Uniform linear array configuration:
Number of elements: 4
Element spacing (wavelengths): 0.25
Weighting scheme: uniform
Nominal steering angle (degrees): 30
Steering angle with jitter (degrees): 30.425
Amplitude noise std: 0.05
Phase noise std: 0.05

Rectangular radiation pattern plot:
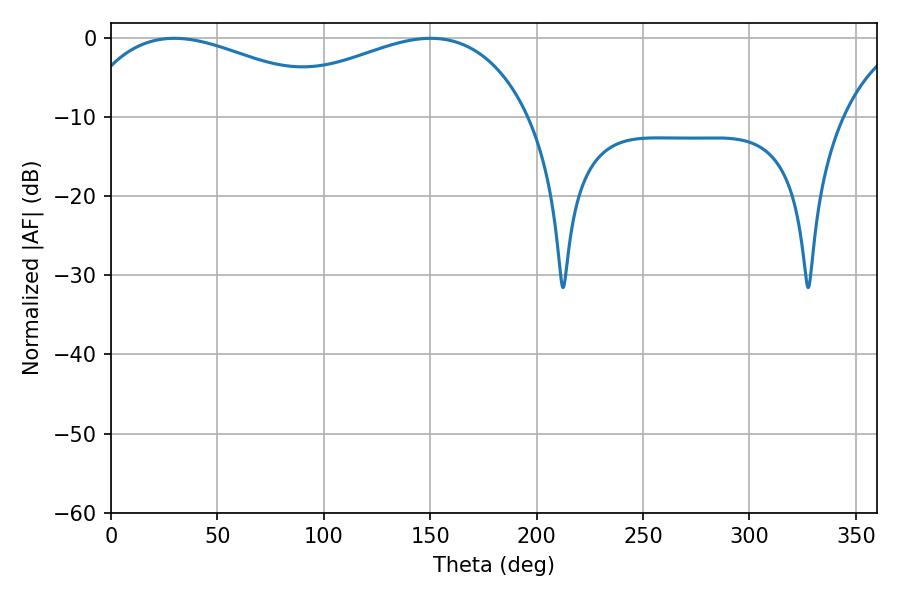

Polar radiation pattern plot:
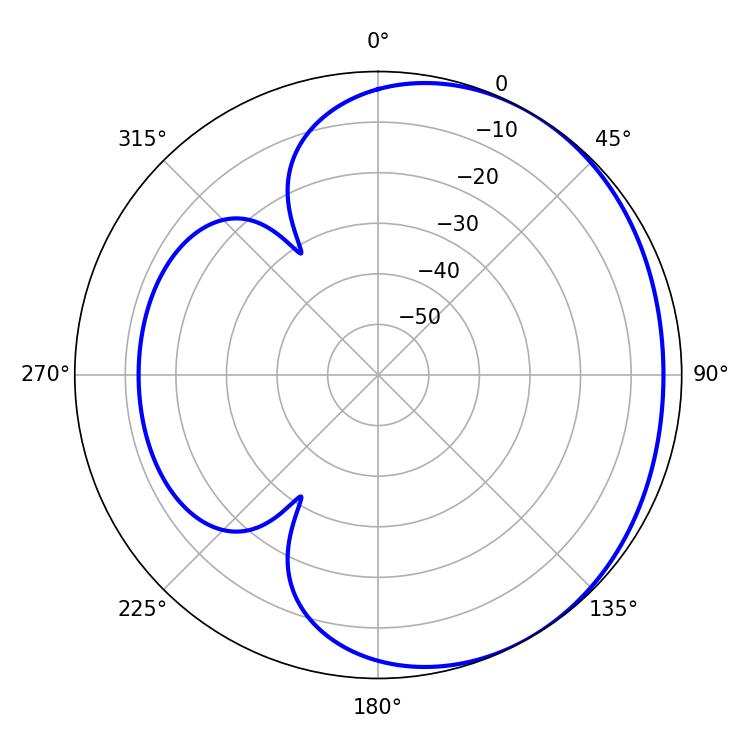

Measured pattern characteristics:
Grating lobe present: FALSE
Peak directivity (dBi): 1.973
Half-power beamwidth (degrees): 71.64
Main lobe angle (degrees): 29.7